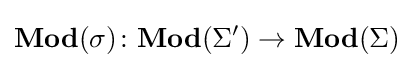
\mathbf {Mod} (\sigma )\colon \mathbf {Mod} (\Sigma ')\to \mathbf {Mod} (\Sigma )